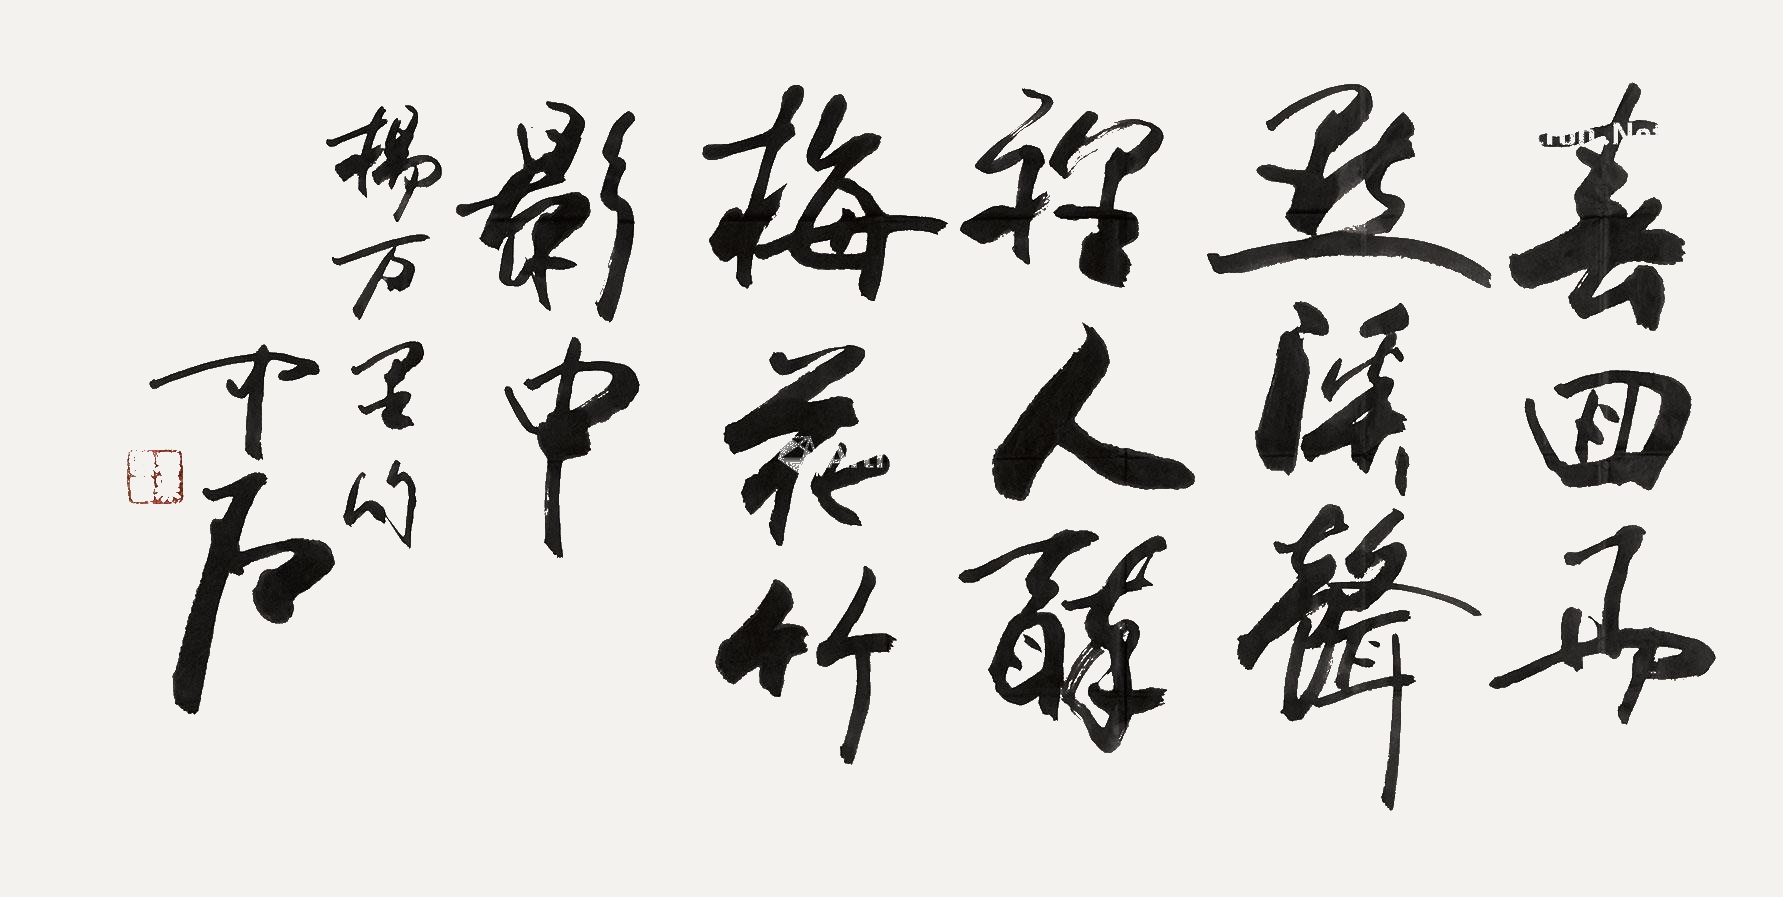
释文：春回雨点溪声里，人醉梅花竹影中。杨万里句，中石。